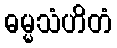
ဓမ္မသံဟိတံ